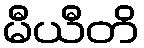
မီယီတိ